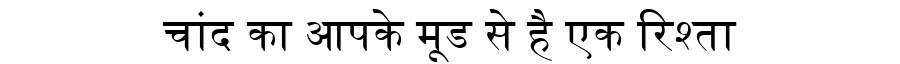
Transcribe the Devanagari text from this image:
चांद का आपके मूड से है एक रिश्ता